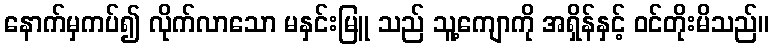
နောက်မှကပ်၍ လိုက်လာသော မနှင်းမြူ သည် သူ့ကျောကို အရှိန်နှင့် ဝင်တိုးမိသည်။